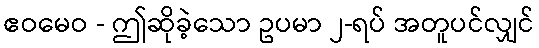
ဧဝမေဝ - ဤဆိုခဲ့သော ဥပမာ ၂-ရပ် အတူပင်လျှင်